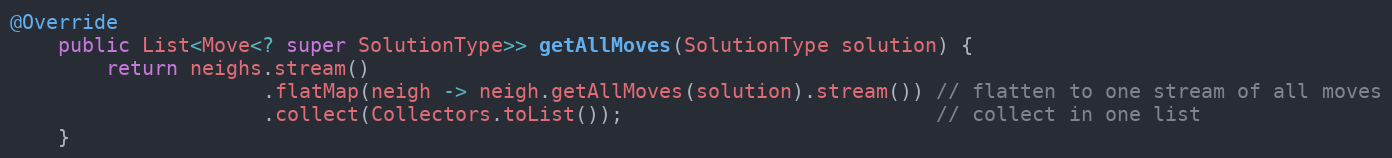
Language: Java
@Override
    public List<Move<? super SolutionType>> getAllMoves(SolutionType solution) {
        return neighs.stream()
                     .flatMap(neigh -> neigh.getAllMoves(solution).stream()) // flatten to one stream of all moves
                     .collect(Collectors.toList());                          // collect in one list
    }